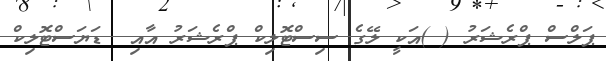
ޕަލްސް ޕްރެޝަރު ( )އަކީ ލޭގެ ސިސްޓޮލިކް ޕްރެޝަރު އާއި  ޑަޔަސްޓޮލިކް